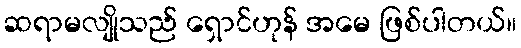
ဆရာမလျိုသည် ရှောင်ဟုန် အမေ ဖြစ်ပါတယ်။